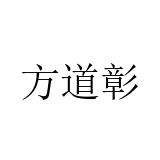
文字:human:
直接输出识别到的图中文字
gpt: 方道彰